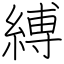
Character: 縛